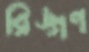
রিঙ্গণ